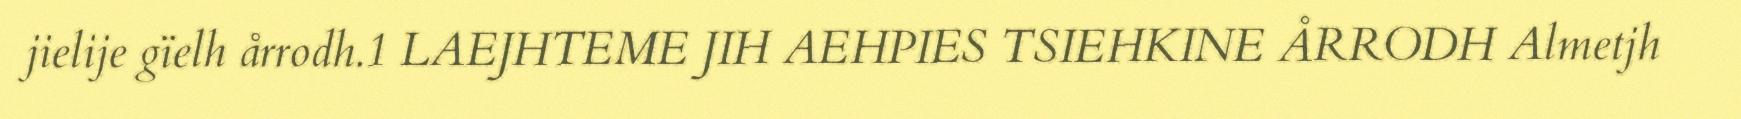
jielije gïelh årrodh.1 LAEJHTEME JIH AEHPIES TSIEHKINE ÅRRODH Almetjh